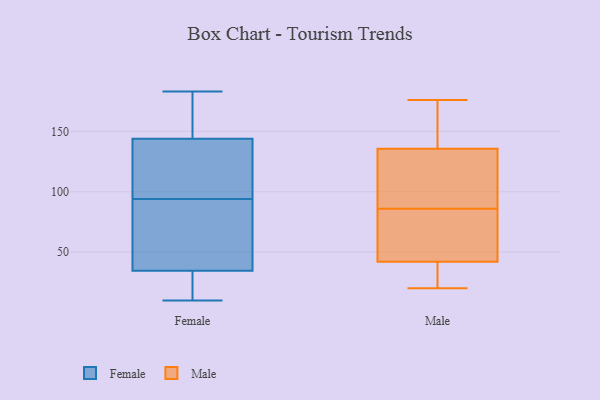
{"axis": {"x": "Population (Million)", "y": "Value"}, "legend": ["Female", "Male"], "data": [{"x": "", "y": 130, "type": "Female"}, {"x": "", "y": 94, "type": "Female"}, {"x": "", "y": 183, "type": "Female"}, {"x": "", "y": 93, "type": "Female"}, {"x": "", "y": 144, "type": "Female"}, {"x": "", "y": 165, "type": "Female"}, {"x": "", "y": 108, "type": "Female"}, {"x": "", "y": 10, "type": "Female"}, {"x": "", "y": 24, "type": "Female"}, {"x": "", "y": 11, "type": "Female"}, {"x": "", "y": 38, "type": "Female"}, {"x": "", "y": 144, "type": "Female"}, {"x": "", "y": 86, "type": "Female"}, {"x": "", "y": 161, "type": "Male"}, {"x": "", "y": 86, "type": "Male"}, {"x": "", "y": 119, "type": "Male"}, {"x": "", "y": 138, "type": "Male"}, {"x": "", "y": 45, "type": "Male"}, {"x": "", "y": 77, "type": "Male"}, {"x": "", "y": 107, "type": "Male"}, {"x": "", "y": 33, "type": "Male"}, {"x": "", "y": 20, "type": "Male"}, {"x": "", "y": 33, "type": "Male"}, {"x": "", "y": 176, "type": "Male"}, {"x": "", "y": 135, "type": "Male"}, {"x": "", "y": 52, "type": "Male"}]}